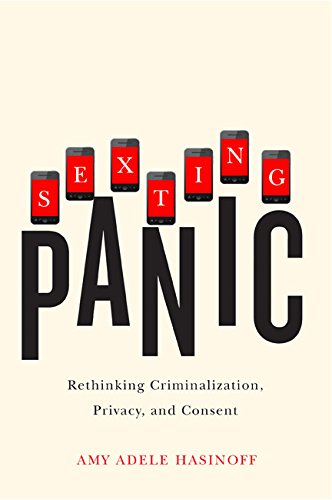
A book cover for Sexting Panic: Rethinking Criminalization, Privacy, and Consent (Feminist Media Studies); Amy Adele Hasinoff; Teen & Young Adult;